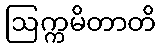
ဩက္ကမိတာတိ